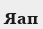
Яап